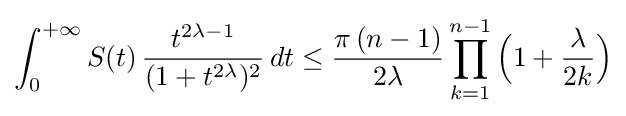
\int _{0}^{+\infty }S(t)\,{\frac {t^{2\lambda -1}}{(1+t^{2\lambda })^{2}}}\,dt\leq {\frac {\pi \,(n-1)}{2\lambda }}\prod _{k=1}^{n-1}{\Bigl (}1+{\frac {\lambda }{2k}}{\Bigr )}